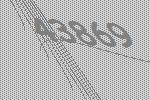
43869